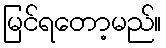
မြင်ရတော့မည်။